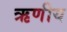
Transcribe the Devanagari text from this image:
ऋणीय